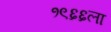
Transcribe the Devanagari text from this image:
१९६६ला